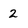
Character: 2